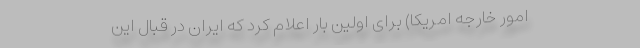
امور خارجه امریکا) برای اولین بار اعلام کرد که ایران در قبال این